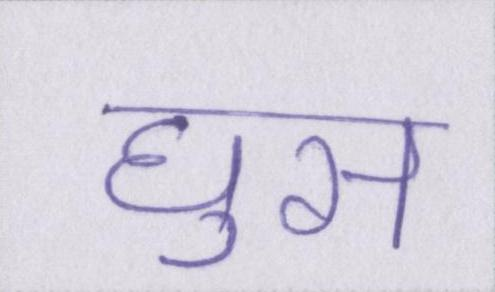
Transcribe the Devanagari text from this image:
घुस